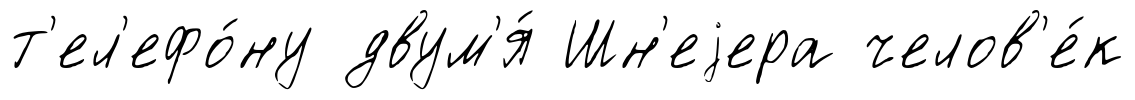
т'ел'ефо́ну двум'я́ Шн'еjера челов'е́к